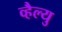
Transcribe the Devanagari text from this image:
व्हैल्यु